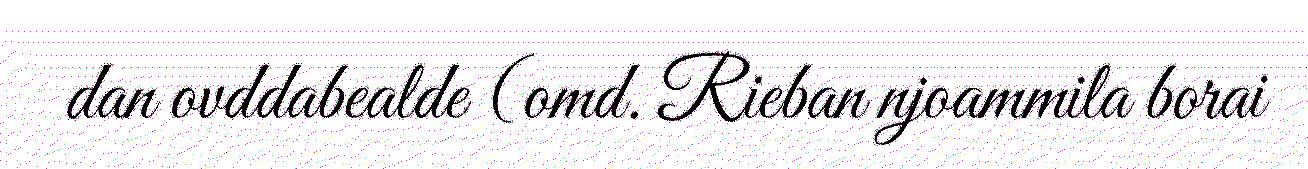
dan ovddabealde (omd. Rieban njoammila borai